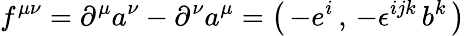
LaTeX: f^{\mu\nu}=\partial^{\mu}a^{\nu}-\partial^{\nu}a^{\mu}=\left(\, -e^{i}\, ,\, -\epsilon^{ijk}\, b^{k}\, \right)